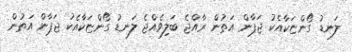
ލަނޑު ގޯންޏަކާއެކު ޖަޕާން އަތުން ރާއްޖެ ބަލިވެއްޖެ ލަނޑު ގޯންޏަކާއެކު ޖަޕާން އަތުން